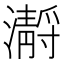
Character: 𤂅